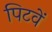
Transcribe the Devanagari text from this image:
पिटवें